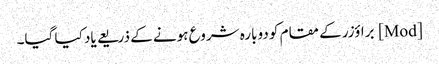
[Mod] براؤزر کے مقام کو دوبارہ شروع ہونے کے ذریعے یاد کیا گیا۔